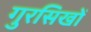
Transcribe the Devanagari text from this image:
गुरसिखों